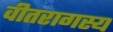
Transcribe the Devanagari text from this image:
वीतरागस्य